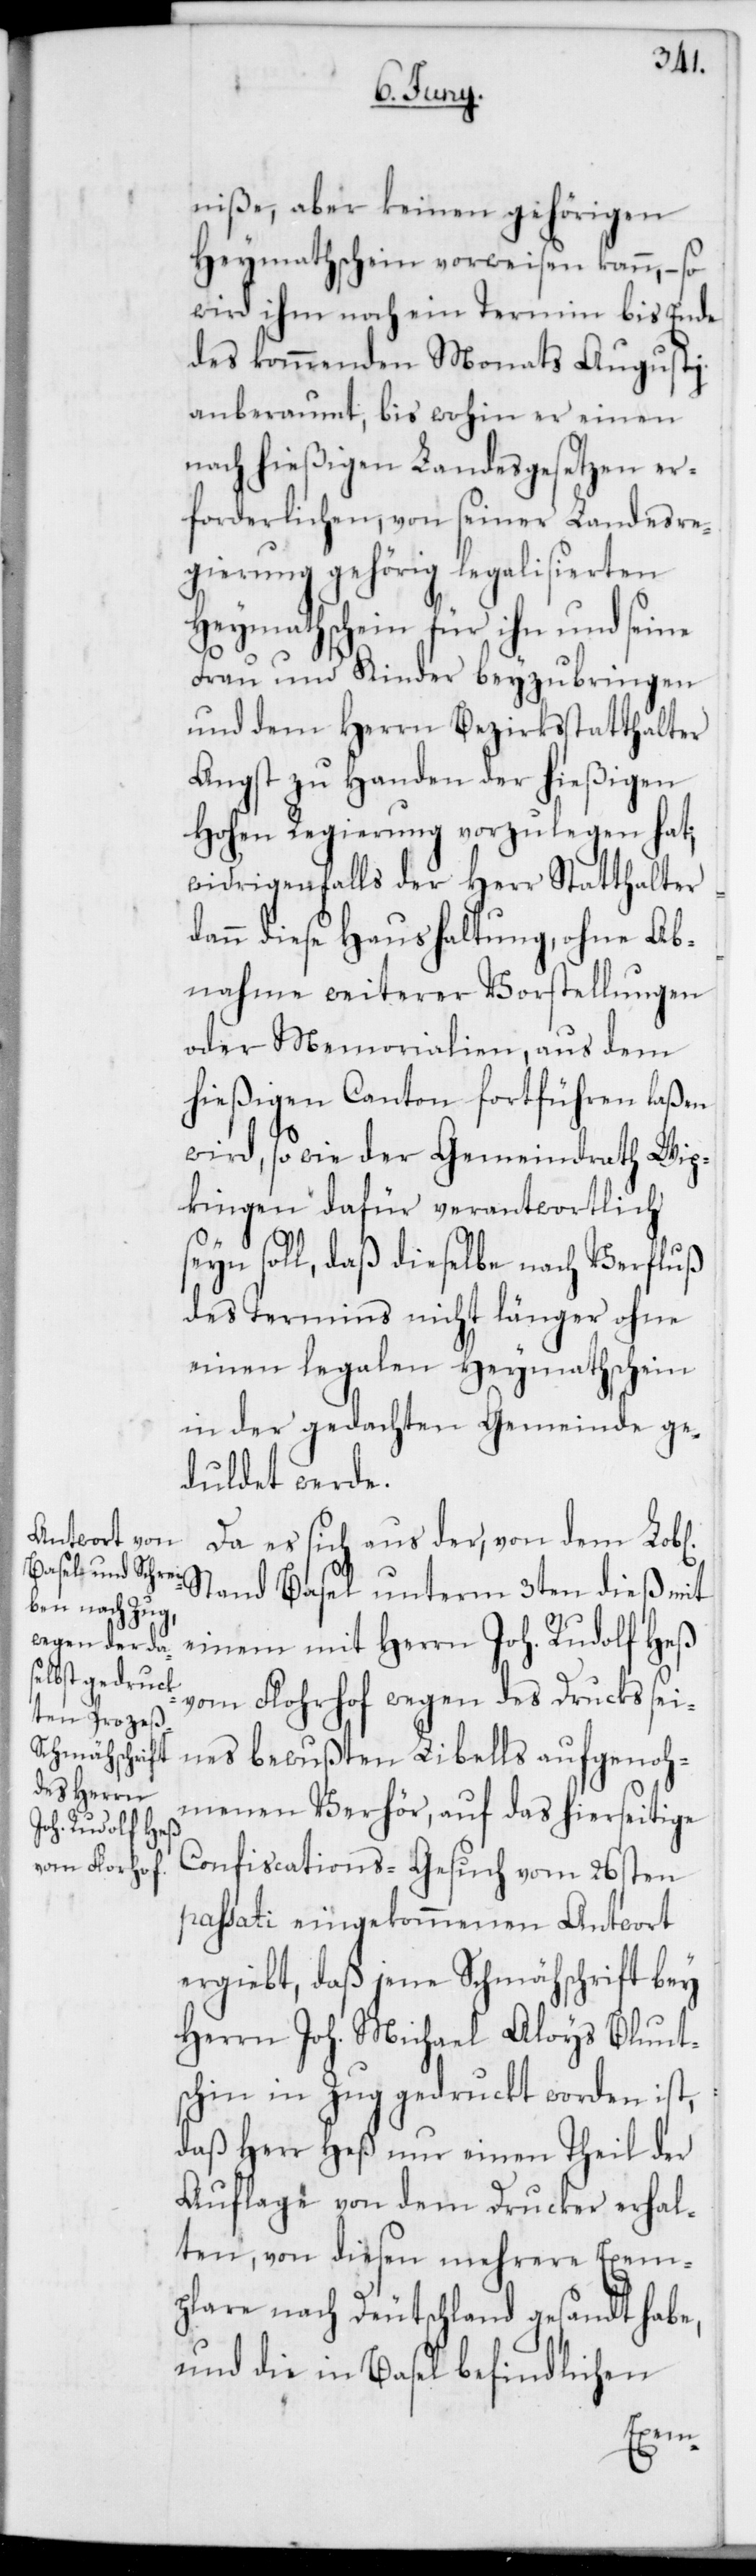
niße aber keinen gehörigen
Heymathschein vorweisen kann, – so
wird ihm noch ein Termin bis Ende
des kommenden Monats Augusti
anberaumt, bis wohin er einen
nach hießigen Landesgesetzen er¬
forderlichen, von seiner Landesre¬
gierung gehörig legalisierten
Heymathschein für ihn und seine
Frau und Kinder beyzubringen
und dem Herrn Bezirksstatthalter
Angst zu Handen der hießigen
Hohen Regierung vorzulegen hat;
widrigenfalls der Herr Statthalter
dann diese Haushaltung, ohne Ab¬
nahme weiterer Vorstellungen
oder Memorialien, aus dem
hießigen Canton fortführen laßen
wird, so wie der Gemeindrath Wip¬
kingen dafür verantwortlich
seyn soll, daß dieselbe nach Verfluß
des Termins nicht länger ohne
einen legalen Heymathschein
in der gedachten Gemeinde ge¬
duldet werde.
Da es sich aus der, von dem Lobl.
Stand Basel unterm 3ten dieß mit
einem mit Herrn Joh. Rudolf Heß
vom Florhof wegen des Drucks sei¬
nes bewußten Libells aufgenoh¬
menen Verhör, auf das hierseitige
Confiscations-Gesuch vom 26sten
passati eingekommenen Antwort
ergiebt, daß jene Schmähschrift bey
Herrn Joh. Michael Aloys Blunt¬
schin in Zug gedruckt worden ist,
daß Herr Heß nur einen Theil der
Auflage von dem Drucker erhal¬
ten, von diesen mehrere Exem¬
plare nach Deutschland gesandt habe,
und die in Basel befindlichen